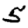
Digit: 5